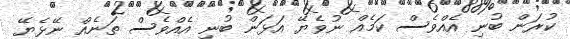
ކުރަން ބުނި އެއްވެސް ކަމެއް ނުވެޔޭ އަޅަން ބުނި އެއްވެސް ތަނެއް ނޭޅެޔޭ